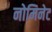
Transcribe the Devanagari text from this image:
नोमिनेट